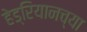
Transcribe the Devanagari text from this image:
हेड्रियानच्या